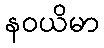
နဝယိမာ